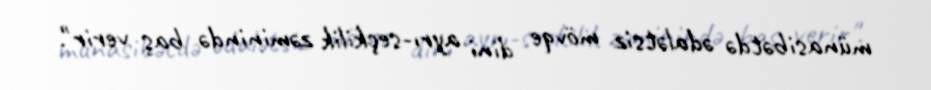
münasibətdə ədalətsiz mövqe dini ayrı-seçkilik zəminində baş verir".